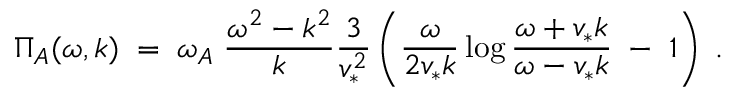
{ \Pi _ { A } ( \omega , k ) \; = \; \omega _ { A } \; { \frac { \omega ^ { 2 } - k ^ { 2 } } { k } } { \frac { 3 } { v _ { * } ^ { 2 } } } \left( { \frac { \omega } { 2 v _ { * } k } } \log { \frac { \omega + v _ { * } k } { \omega - v _ { * } k } } \; - \; 1 \right) \; . }